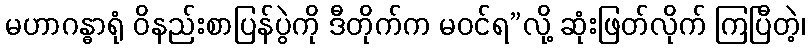
မဟာဂန္ဓာရုံ ဝိနည်းစာပြန်ပွဲကို ဒီတိုက်က မဝင်ရ”လို့ ဆုံးဖြတ်လိုက် ကြပြီတဲ့၊